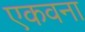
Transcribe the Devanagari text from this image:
एकवना